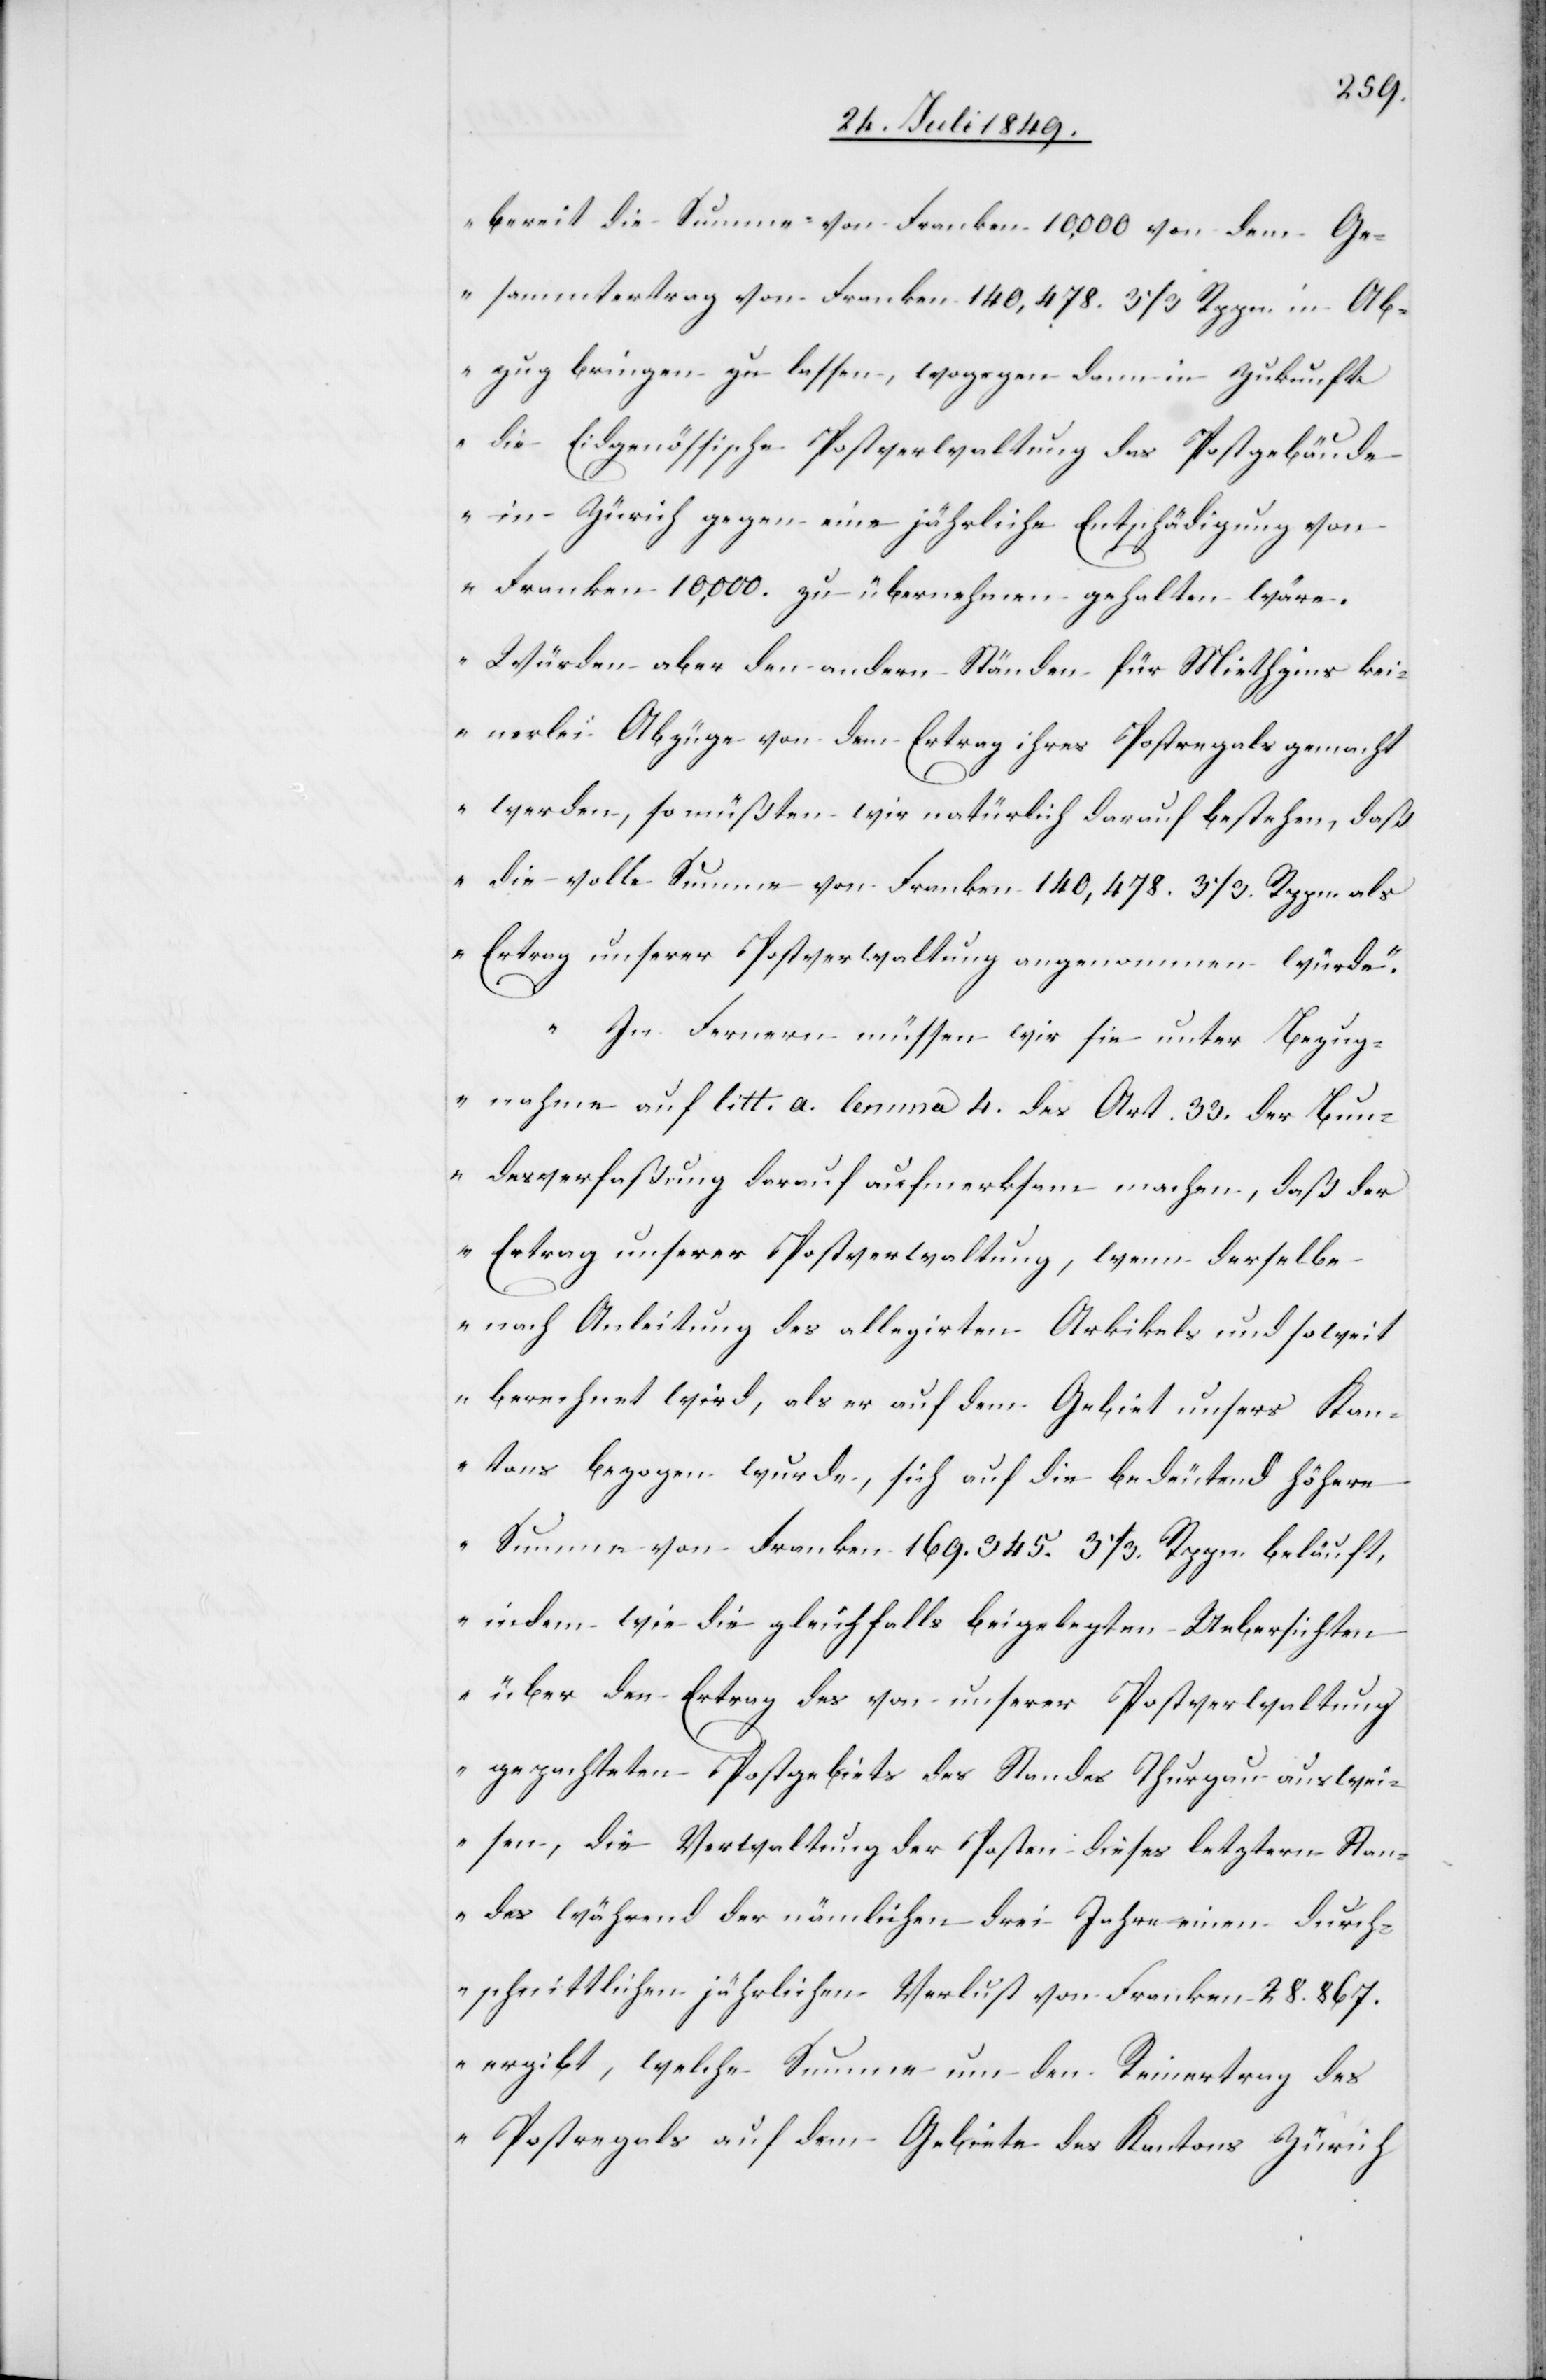
bereit die Summe von Franken 10,000 von dem Ge¬
sammtertrag von Franken 140,478. 3 1/3 Rppn. im Ab¬
zug bringen zu lassen, wogegen dann in Zukunft
die Eidgenössische Postverwaltung das Postgebäude
Franken 10,000. zu übernehmen gehalten wäre.
Würden aber den andern Ständen für Miethzins kei¬
nerlei Abzüge von dem Ertrag ihres Postregals gemacht
werden, so müßten wir natürlich darauf bestehen, daß
die volle Summe von Franken 140,478. 3 1/3. Rppn. als
Ertrag unserer Postverwaltung angenommen würde.
Im Fernern müssen wir sie unter Bezug¬
nahme auf litt. a. lemma 4. des Art. 33. der Bun¬
desverfaßung darauf aufmerksam machen, daß der
Ertrag unserer Postverwaltung, wenn derselbe
nach Anleitung des allegirten Artikels und soweit
berechnet wird, als er auf dem Gebiet unsers Kan¬
tons bezogen wurde, sich auf die bedeutend höhere
Summe von Franken 169.345. 3 1/3. Rppn beläuft,
indem wie die gleichfalls beigelegten Uebersichten
über den Ertrag des von unserer Postverwaltung
gepachteten Postgebiets des Standes Thurgau auswei¬
sen, die Verwaltung der Posten dieses letztern Stan¬
des während der nämlichen drei Jahre einen durch¬
schnittlichen jährlichen Verlust von Franken 28.867.
ergibt, welche Summe um den Reinertrag des
Postregals auf dem Gebiete des Kantons Zürich